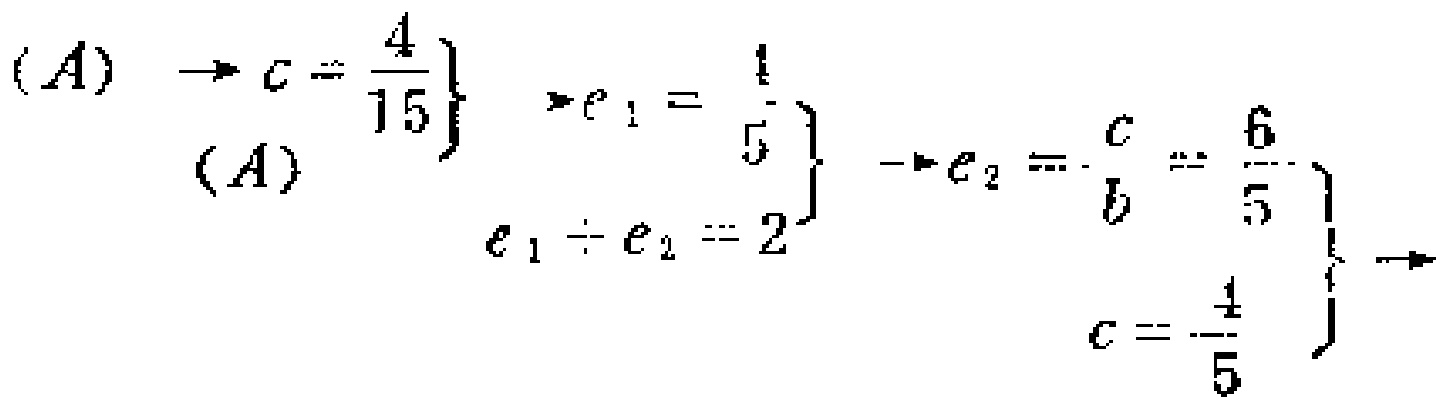
\[

\begin{align*}

(A)\quad\rightarrow c&=\frac{4}{15}\\

(A)\\

e_1&=\frac{1}{5}\\

e_1\div e_2&=2\\

\end{align*}

\right\}\quad

\begin{align*}

\rightarrow e_2&=\frac{c}{b}=\frac{6}{5}\\

c&=\frac{4}{5}\\

\end{align*}

\right\}\rightarrow

\]